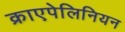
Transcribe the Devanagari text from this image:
क्राएपेलिनियन